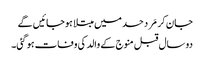
جان کر مَرد حسد میں مبتلا ہوجائیں گے
دو سال قبل منوج کے والد کی وفات ہو گئی۔